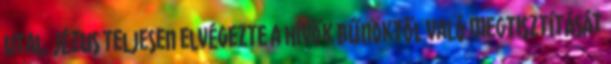
utal. Jézus teljesen elvégezte a hívők bűnöktől való megtisztítását